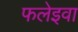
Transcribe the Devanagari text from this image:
फलेइवा